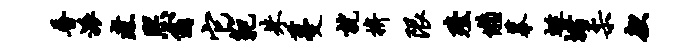
普派煮熙翕它范朱蔓就拚限殪懒摹蜒堵柔款